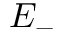
E _ { - }